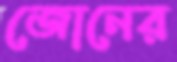
জোনের